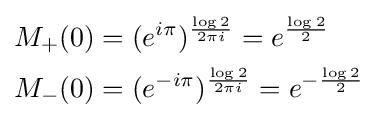
{\begin{aligned}M_{+}(0)&=(e^{i\pi })^{\frac {\log 2}{2\pi i}}=e^{\frac {\log 2}{2}}\\M_{-}(0)&=(e^{-i\pi })^{\frac {\log 2}{2\pi i}}=e^{-{\frac {\log 2}{2}}}\end{aligned}}